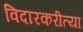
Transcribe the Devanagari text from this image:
विदारकरीत्या